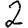
Digit: 2